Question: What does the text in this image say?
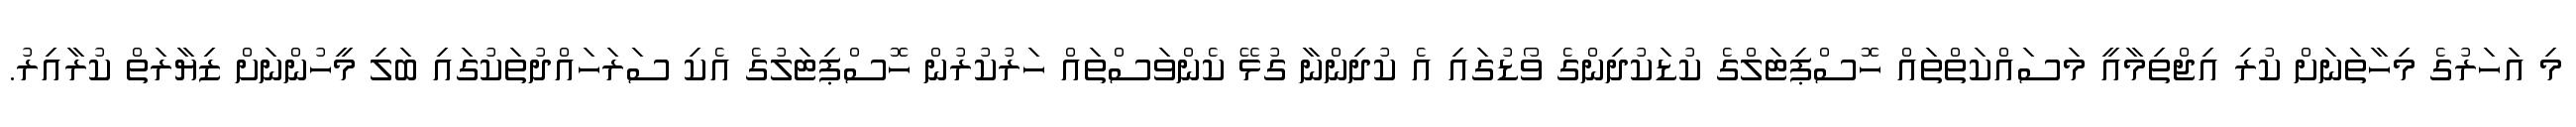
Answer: މި އަހަރުގެ މިހާތަނަށް ކުރި އިޖްތިމާއީ މަސައްކަތްތައް ހޮސްޕިޓަލްގެ ކުޑަކުދިންގެ ވޯޑުގައި އެ ކުދިންނާ ގުޅޭ ކެންވަސްތައް ހަރުކުރުން ހޮސްޕިޓަލުގެ އެކި ސަރަހައްދުތަކުގައި ބަލި މީހުންނަށް ޒިޔާރަތް ކުރާއިރު.